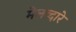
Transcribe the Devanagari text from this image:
मेलव्दारे